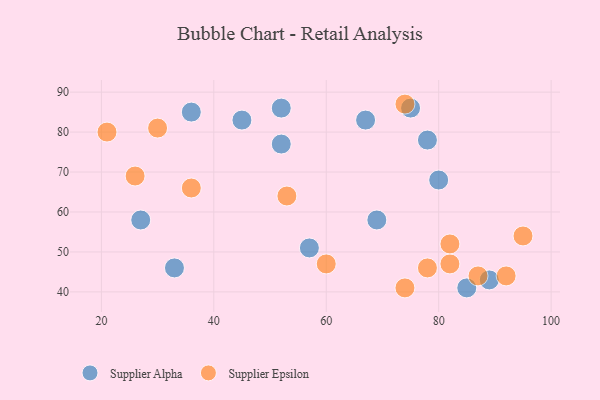
{"axis": {"x": "GDP", "y": "Life Expectancy"}, "legend": ["Supplier Alpha", "Supplier Epsilon"], "data": [{"x": "52", "y": 86, "type": "Supplier Alpha"}, {"x": "89", "y": 43, "type": "Supplier Alpha"}, {"x": "36", "y": 85, "type": "Supplier Alpha"}, {"x": "57", "y": 51, "type": "Supplier Alpha"}, {"x": "78", "y": 78, "type": "Supplier Alpha"}, {"x": "33", "y": 46, "type": "Supplier Alpha"}, {"x": "75", "y": 86, "type": "Supplier Alpha"}, {"x": "45", "y": 83, "type": "Supplier Alpha"}, {"x": "52", "y": 77, "type": "Supplier Alpha"}, {"x": "27", "y": 58, "type": "Supplier Alpha"}, {"x": "67", "y": 83, "type": "Supplier Alpha"}, {"x": "69", "y": 58, "type": "Supplier Alpha"}, {"x": "80", "y": 68, "type": "Supplier Alpha"}, {"x": "85", "y": 41, "type": "Supplier Alpha"}, {"x": "60", "y": 47, "type": "Supplier Epsilon"}, {"x": "78", "y": 46, "type": "Supplier Epsilon"}, {"x": "82", "y": 47, "type": "Supplier Epsilon"}, {"x": "74", "y": 87, "type": "Supplier Epsilon"}, {"x": "53", "y": 64, "type": "Supplier Epsilon"}, {"x": "87", "y": 44, "type": "Supplier Epsilon"}, {"x": "74", "y": 41, "type": "Supplier Epsilon"}, {"x": "30", "y": 81, "type": "Supplier Epsilon"}, {"x": "26", "y": 69, "type": "Supplier Epsilon"}, {"x": "95", "y": 54, "type": "Supplier Epsilon"}, {"x": "21", "y": 80, "type": "Supplier Epsilon"}, {"x": "36", "y": 66, "type": "Supplier Epsilon"}, {"x": "82", "y": 52, "type": "Supplier Epsilon"}, {"x": "92", "y": 44, "type": "Supplier Epsilon"}]}